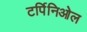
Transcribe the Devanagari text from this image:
टर्पिनिओल